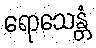
ရောသေန္တံ